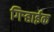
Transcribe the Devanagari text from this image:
गिऱ्हाईक